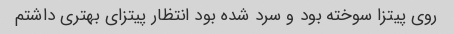
روی پیتزا سوخته بود و سرد شده بود انتظار پیتزای بهتری داشتم